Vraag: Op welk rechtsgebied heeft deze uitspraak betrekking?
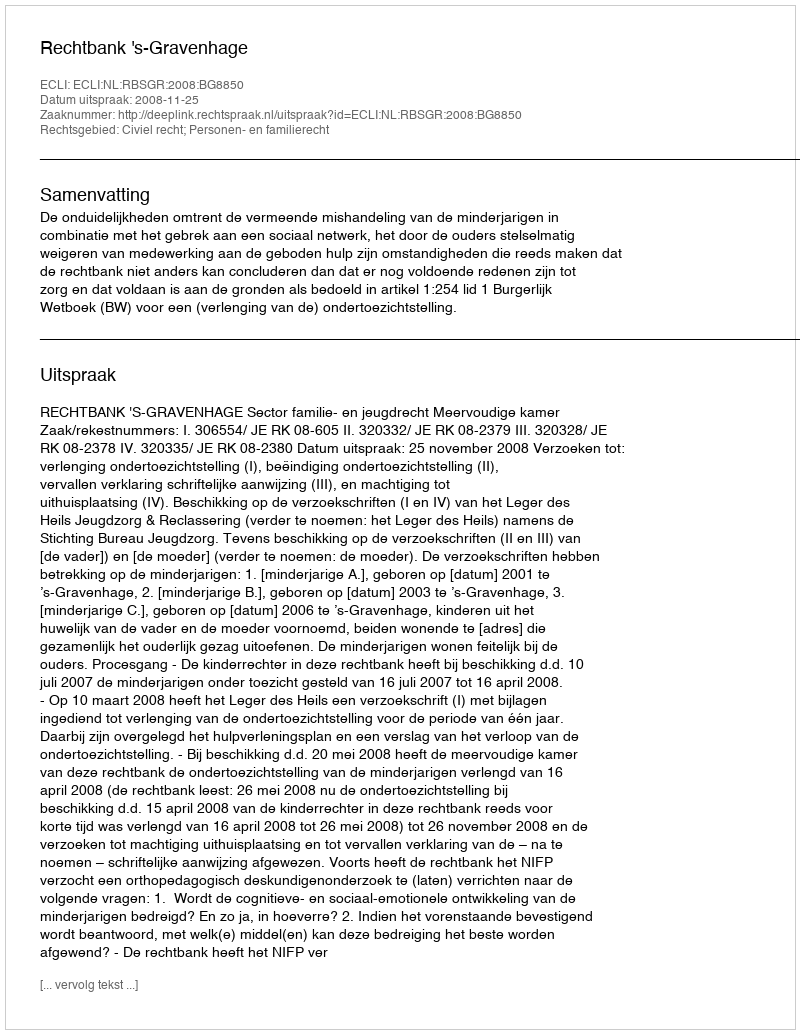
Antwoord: Civiel recht; Personen- en familierecht